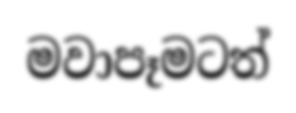
මවාපෑමටත්